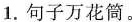
1.句子万花筒。